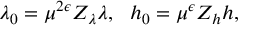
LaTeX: \lambda _ { 0 } = \mu ^ { 2 \epsilon } Z _ { \lambda } \lambda , ~ ~ h _ { 0 } = \mu ^ { \epsilon } Z _ { h } h ,